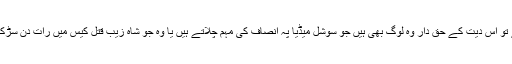
اگر دیت دے کر ہی قتل معاف کروانا ہے تو اس دیت کے حق دار وہ لوگ بھی ہیں جو سوشل میڈیا پہ انصاف کی مہم چلاتے ہیں یا وہ جو شاہ زیب قتل کیس میں رات دن سڑک کے کنارے کیمپ لگاءے بیٹھے رہے۔